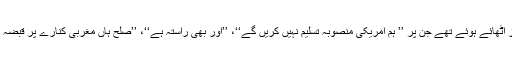
مظاہرین ہاتھوں میں پلے کارڈز اٹھائے ہوئے تھے جن پر ’’ ہم امریکی منصوبہ تسلیم نہیں کریں گے‘‘، ’’اور بھی راستہ ہے‘‘، ’’صلح ہاں مغربی کنارے پر قبضہ نہیں‘‘ جیسے نعرے درج تھے۔